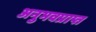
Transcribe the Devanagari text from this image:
अनुभवप्राप्त